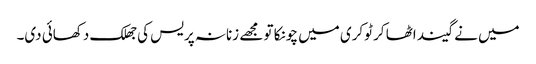
میں نے گیند اٹھا کر ٹوکری میں چونکا تو مجھے زنانہ پریس کی جھلک دکھائی دی۔